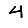
Digit: 4